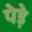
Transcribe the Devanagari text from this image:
पेड़े